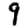
Digit: 9